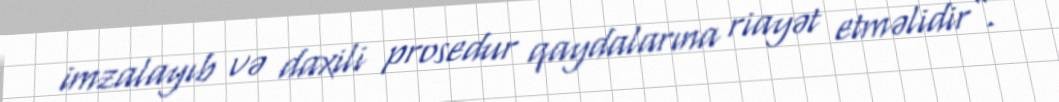
imzalayıb və daxili prosedur qaydalarına riayət etməlidir”.